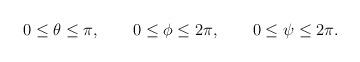
LaTeX: \begin{align*}0\leq \theta\leq \pi,\quad\quad 0\leq \phi\leq 2\pi,\quad\quad 0\leq\psi\leq2\pi.\end{align*}